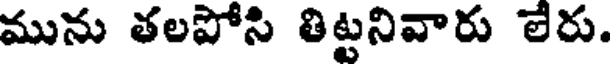
మును తలపోసి తిట్టనివారు లేరు.